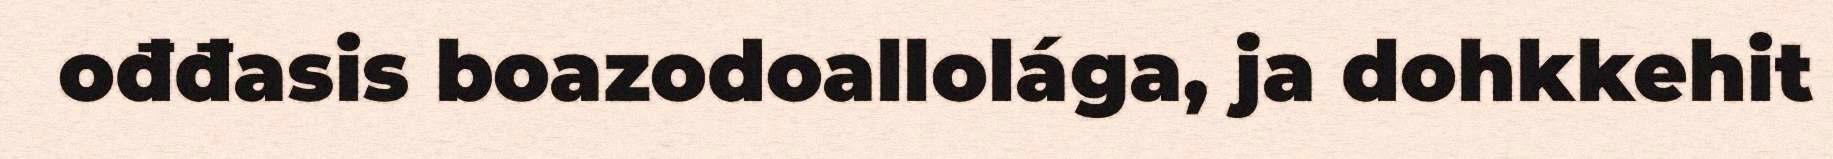
ođđasis boazodoallolága, ja dohkkehit